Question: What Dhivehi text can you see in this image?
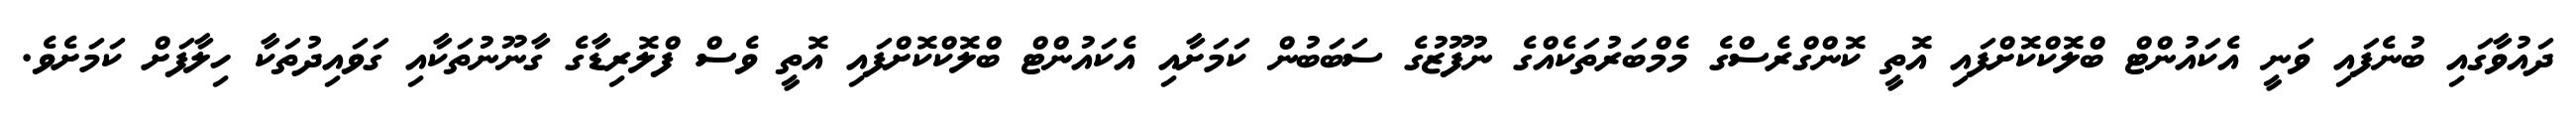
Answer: ދައުވާގައި ބުނެފައި ވަނީ އެކައުންޓް ބްލޮކްކޮށްފައި އޮތީ ކޮންގްރެސްގެ މެމްބަރުތަކެއްގެ ނުފޫޒުގެ ސަބަބުން ކަމަށާއި އެކައުންޓް ބްލޮކްކޮށްފައި އޮތީ ވެސް ފްލޮރިޑާގެ ގާނޫނުތަކާއި ގަވައިދުތަކާ ހިލާފަށް ކަމަށެވެ.